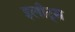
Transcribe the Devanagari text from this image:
इलीट्स